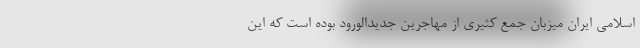
اسلامی ایران میزبان جمع کثیری از مهاجرین جدیدالورود بوده است که این